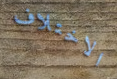
الاختلاف